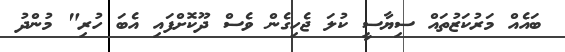
ބައެއް މަރުކަޒުތައް ސިޔާސީ ކުލަ ޖެހިގެން ވެސް ދޫކޮށްފައި އެބަ ހުރި" މުންދު